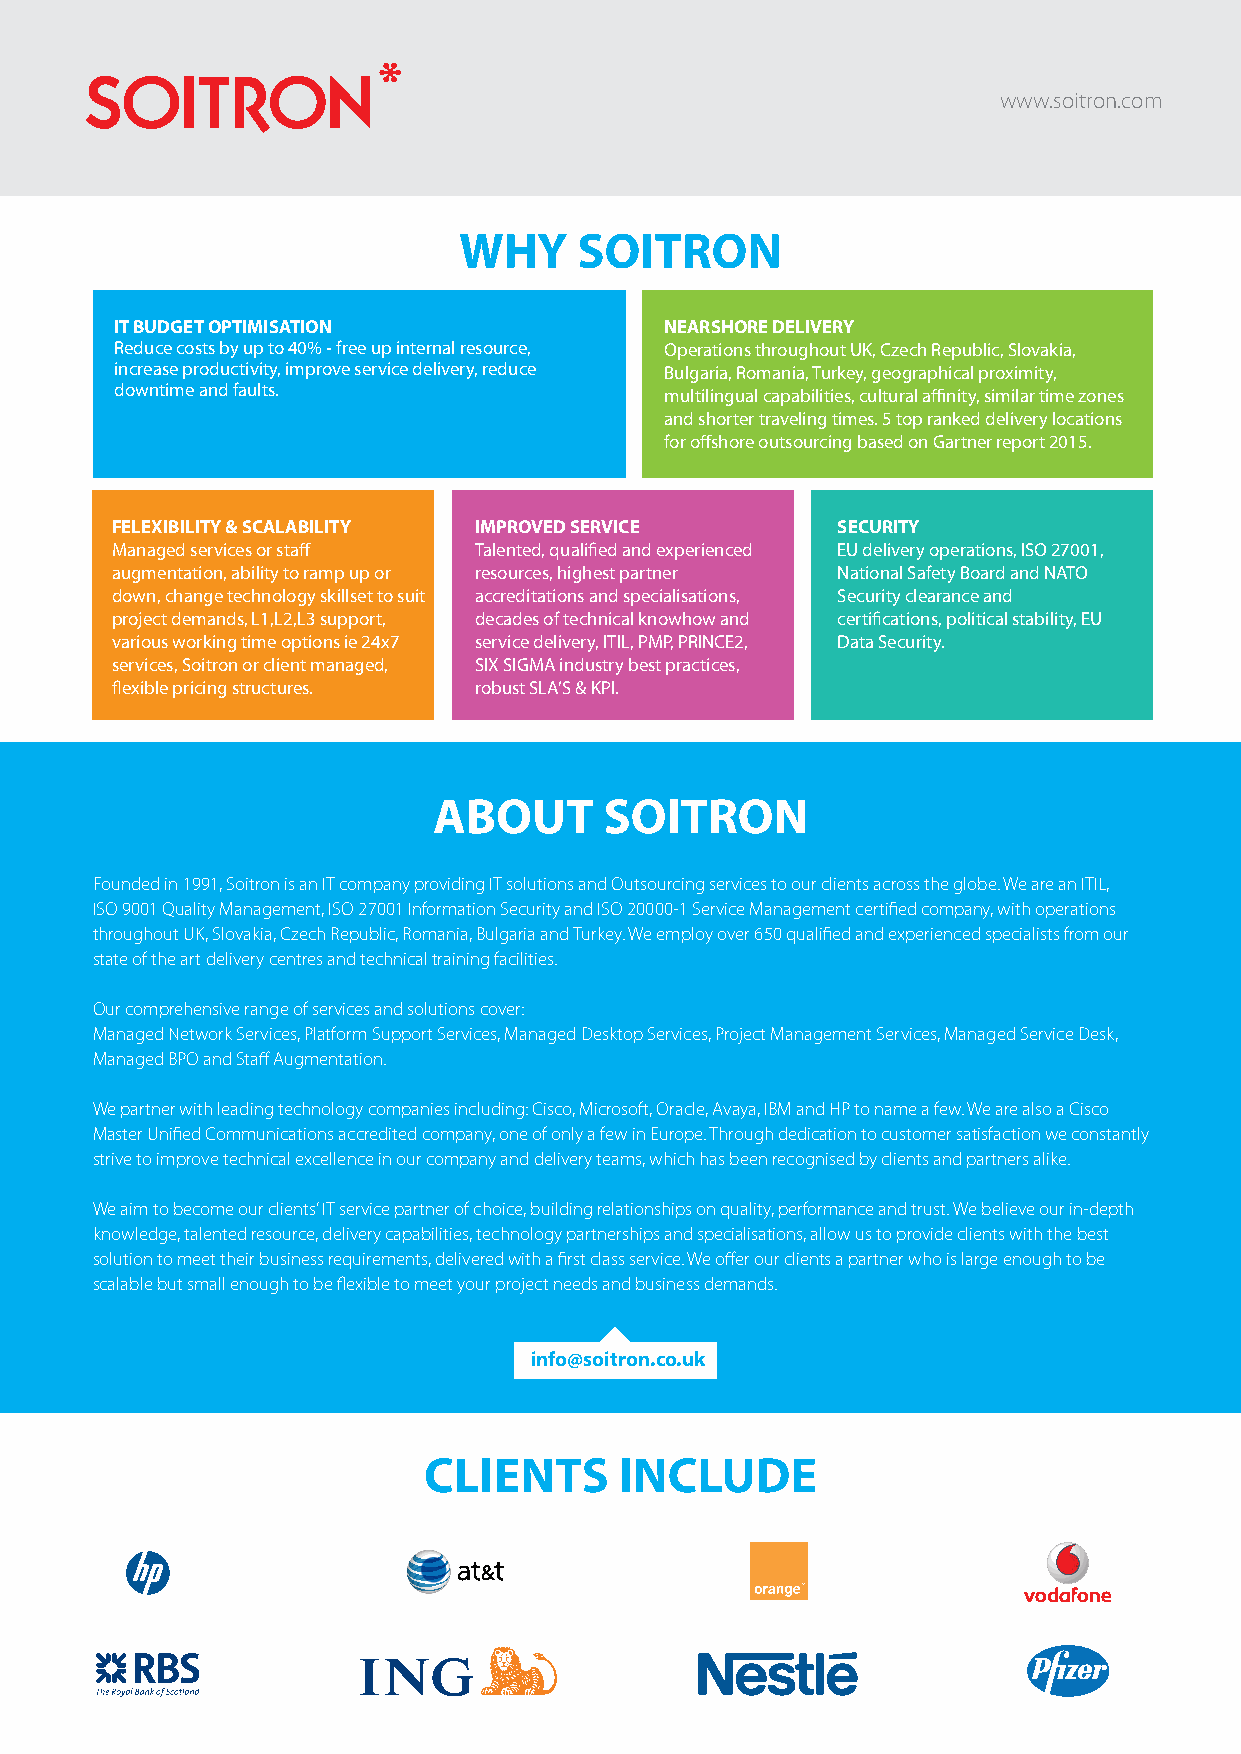
www.soitron.com
 WHY     SOITRON
 IT BUDGET OPTIMISATION              NEARSHORE DELIVERY
 Reduce costs by up to 40% - free up internal resource, Operations throughout UK, Czech Republic, Slovakia,
 increase productivity, improve service delivery, reduce Bulgaria, Romania, Turkey, geographical proximity,
 downtime and faults.                multilingual capabilities, cultural affinity, similar time zones
 and shorter traveling times. 5 top ranked delivery locations
 for offshore outsourcing based on Gartner report 2015.
 FELEXIBILITY & SCALABILITY IMPROVED SERVICE     SECURITY
 Managed services or staff Talented, qualified and experienced EU delivery operations, ISO 27001,
 augmentation, ability to ramp up or resources, highest partner National Safety Board and NATO
 down, change technology skillset to suit accreditations and specialisations, Security clearance and
 project demands, L1,L2,L3 support, decades of technical knowhow and certifications, political stability, EU
 various working time options ie 24x7 service delivery, ITIL, PMP, PRINCE2, Data Security.
 services, Soitron or client managed, SIX SIGMA industry best practices,
 flexible pricing structures. robust SLA’S & KPI.
 ABOUT      SOITRON
 Founded in 1991, Soitron is an IT company providing IT solutions and Outsourcing services to our clients across the globe. We are an ITIL,
 ISO 9001 Quality Management, ISO 27001 Information Security and ISO 20000-1 Service Management certified company, with operations
 throughout UK, Slovakia, Czech Republic, Romania, Bulgaria and Turkey. We employ over 650 qualified and experienced specialists from our
 state of the art delivery centres and technical training facilities.
 Our comprehensive range of services and solutions cover:
 Managed Network Services, Platform Support Services, Managed Desktop Services, Project Management Services, Managed Service Desk,
 Managed BPO and Staff Augmentation.
 We partner with leading technology companies including: Cisco, Microsoft, Oracle, Avaya, IBM and HP to name a few. We are also a Cisco
 Master Unified Communications accredited company, one of only a few in Europe. Through dedication to customer satisfaction we constantly
 strive to improve technical excellence in our company and delivery teams, which has been recognised by clients and partners alike.
 We aim to become our clients’ IT service partner of choice, building relationships on quality, performance and trust. We believe our in-depth
 knowledge, talented resource, delivery capabilities, technology partnerships and specialisations, allow us to provide clients with the best
 solution to meet their business requirements, delivered with a first class service. We offer our clients a partner who is large enough to be
 scalable but small enough to be flexible to meet your project needs and business demands.
 info@soitron.co.uk
 CLIENTS      INCLUDE